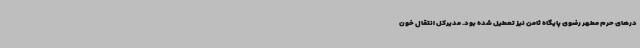
درهای حرم مطهر رضوی پایگاه ثامن نیز تعطیل شده بود. مدیرکل انتقال خون